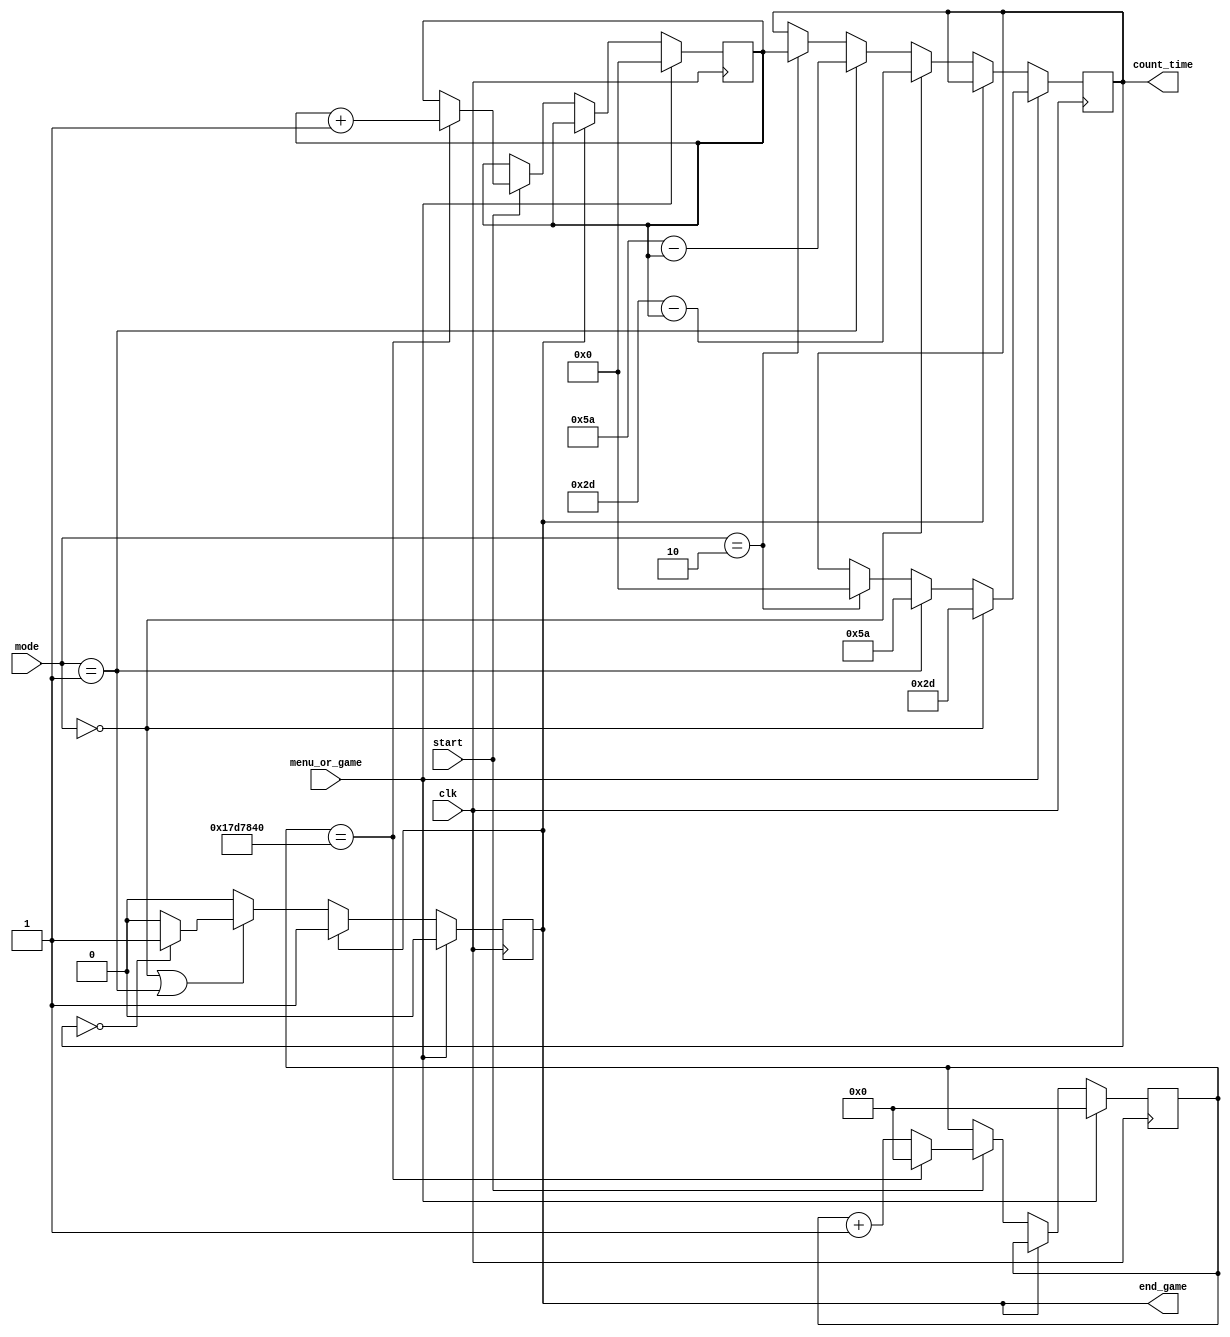
module countdown(
	input clk,
	input menu_or_game,
	input start,
	input [1:0] mode,
	output [13:0] count_time,
	output reg end_game
);

reg [13:0] time_info;
reg [24:0] count;

wire [13:0] amateur_time;
wire [13:0] professional_time;

assign amateur_time=45;
assign professional_time=90;

reg [13:0] finaltime;

initial
begin
	time_info=0;
	count=0;
	finaltime=0;
end

always @ (posedge clk)
begin
	if(menu_or_game==1)
	begin
		time_info<=0;
		count<=0;
		end_game<=0;
		if(mode==2'b00)
			finaltime<=amateur_time;
		else if(mode==2'b01)
			finaltime<=professional_time;
		else if(mode==2'b10)
			finaltime<=0;
	end
	else
	begin
		if(end_game==0)
		begin
			if(start==1)
			begin
				if(count==25000000)
				begin
					time_info<=time_info+1;
					count<=0;
				end
				else
					count<=count+1;
			end
			if(mode==2'b00)
				finaltime<=amateur_time-time_info;
			else if(mode==2'b01)
				finaltime<=professional_time-time_info;
			else if(mode==2'b10)
				finaltime<=time_info;
			if(mode==2'b00||mode==2'b01)
			begin
				if(finaltime==0)
					end_game<=1;
			end
		end
	end
end

assign count_time=finaltime;

endmodule